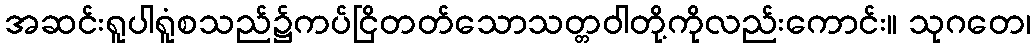
အဆင်းရူပါရူံစသည်၌ကပ်ငြိတတ်သောသတ္တဝါတို့ကိုလည်းကောင်း။ သုဂတေ၊